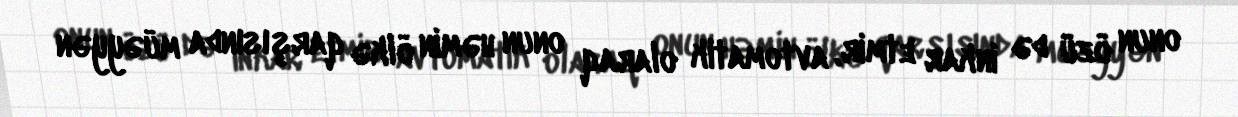
onun özü də inkar etmir, avtomatik olaraq onun həmin ölkə qarşısında müəyyən